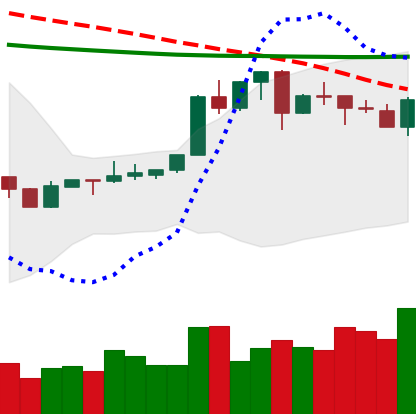
Ticker: XLM-USD
Chart end date: 2020-04-16
Forward return: 4.269%
Label: up_3_5